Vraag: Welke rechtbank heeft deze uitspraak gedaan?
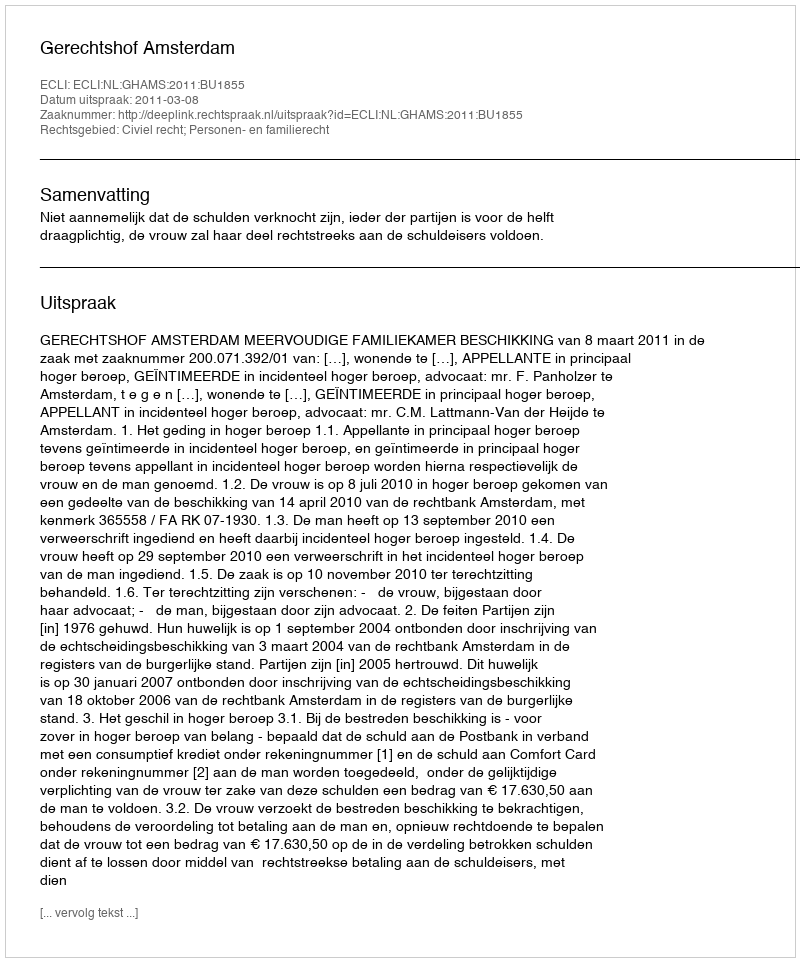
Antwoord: Gerechtshof Amsterdam